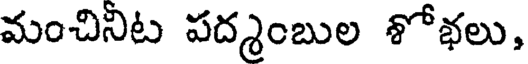
మంచినిట పద్మంబుల శోభలు,